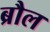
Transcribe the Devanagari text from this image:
ब्रौल